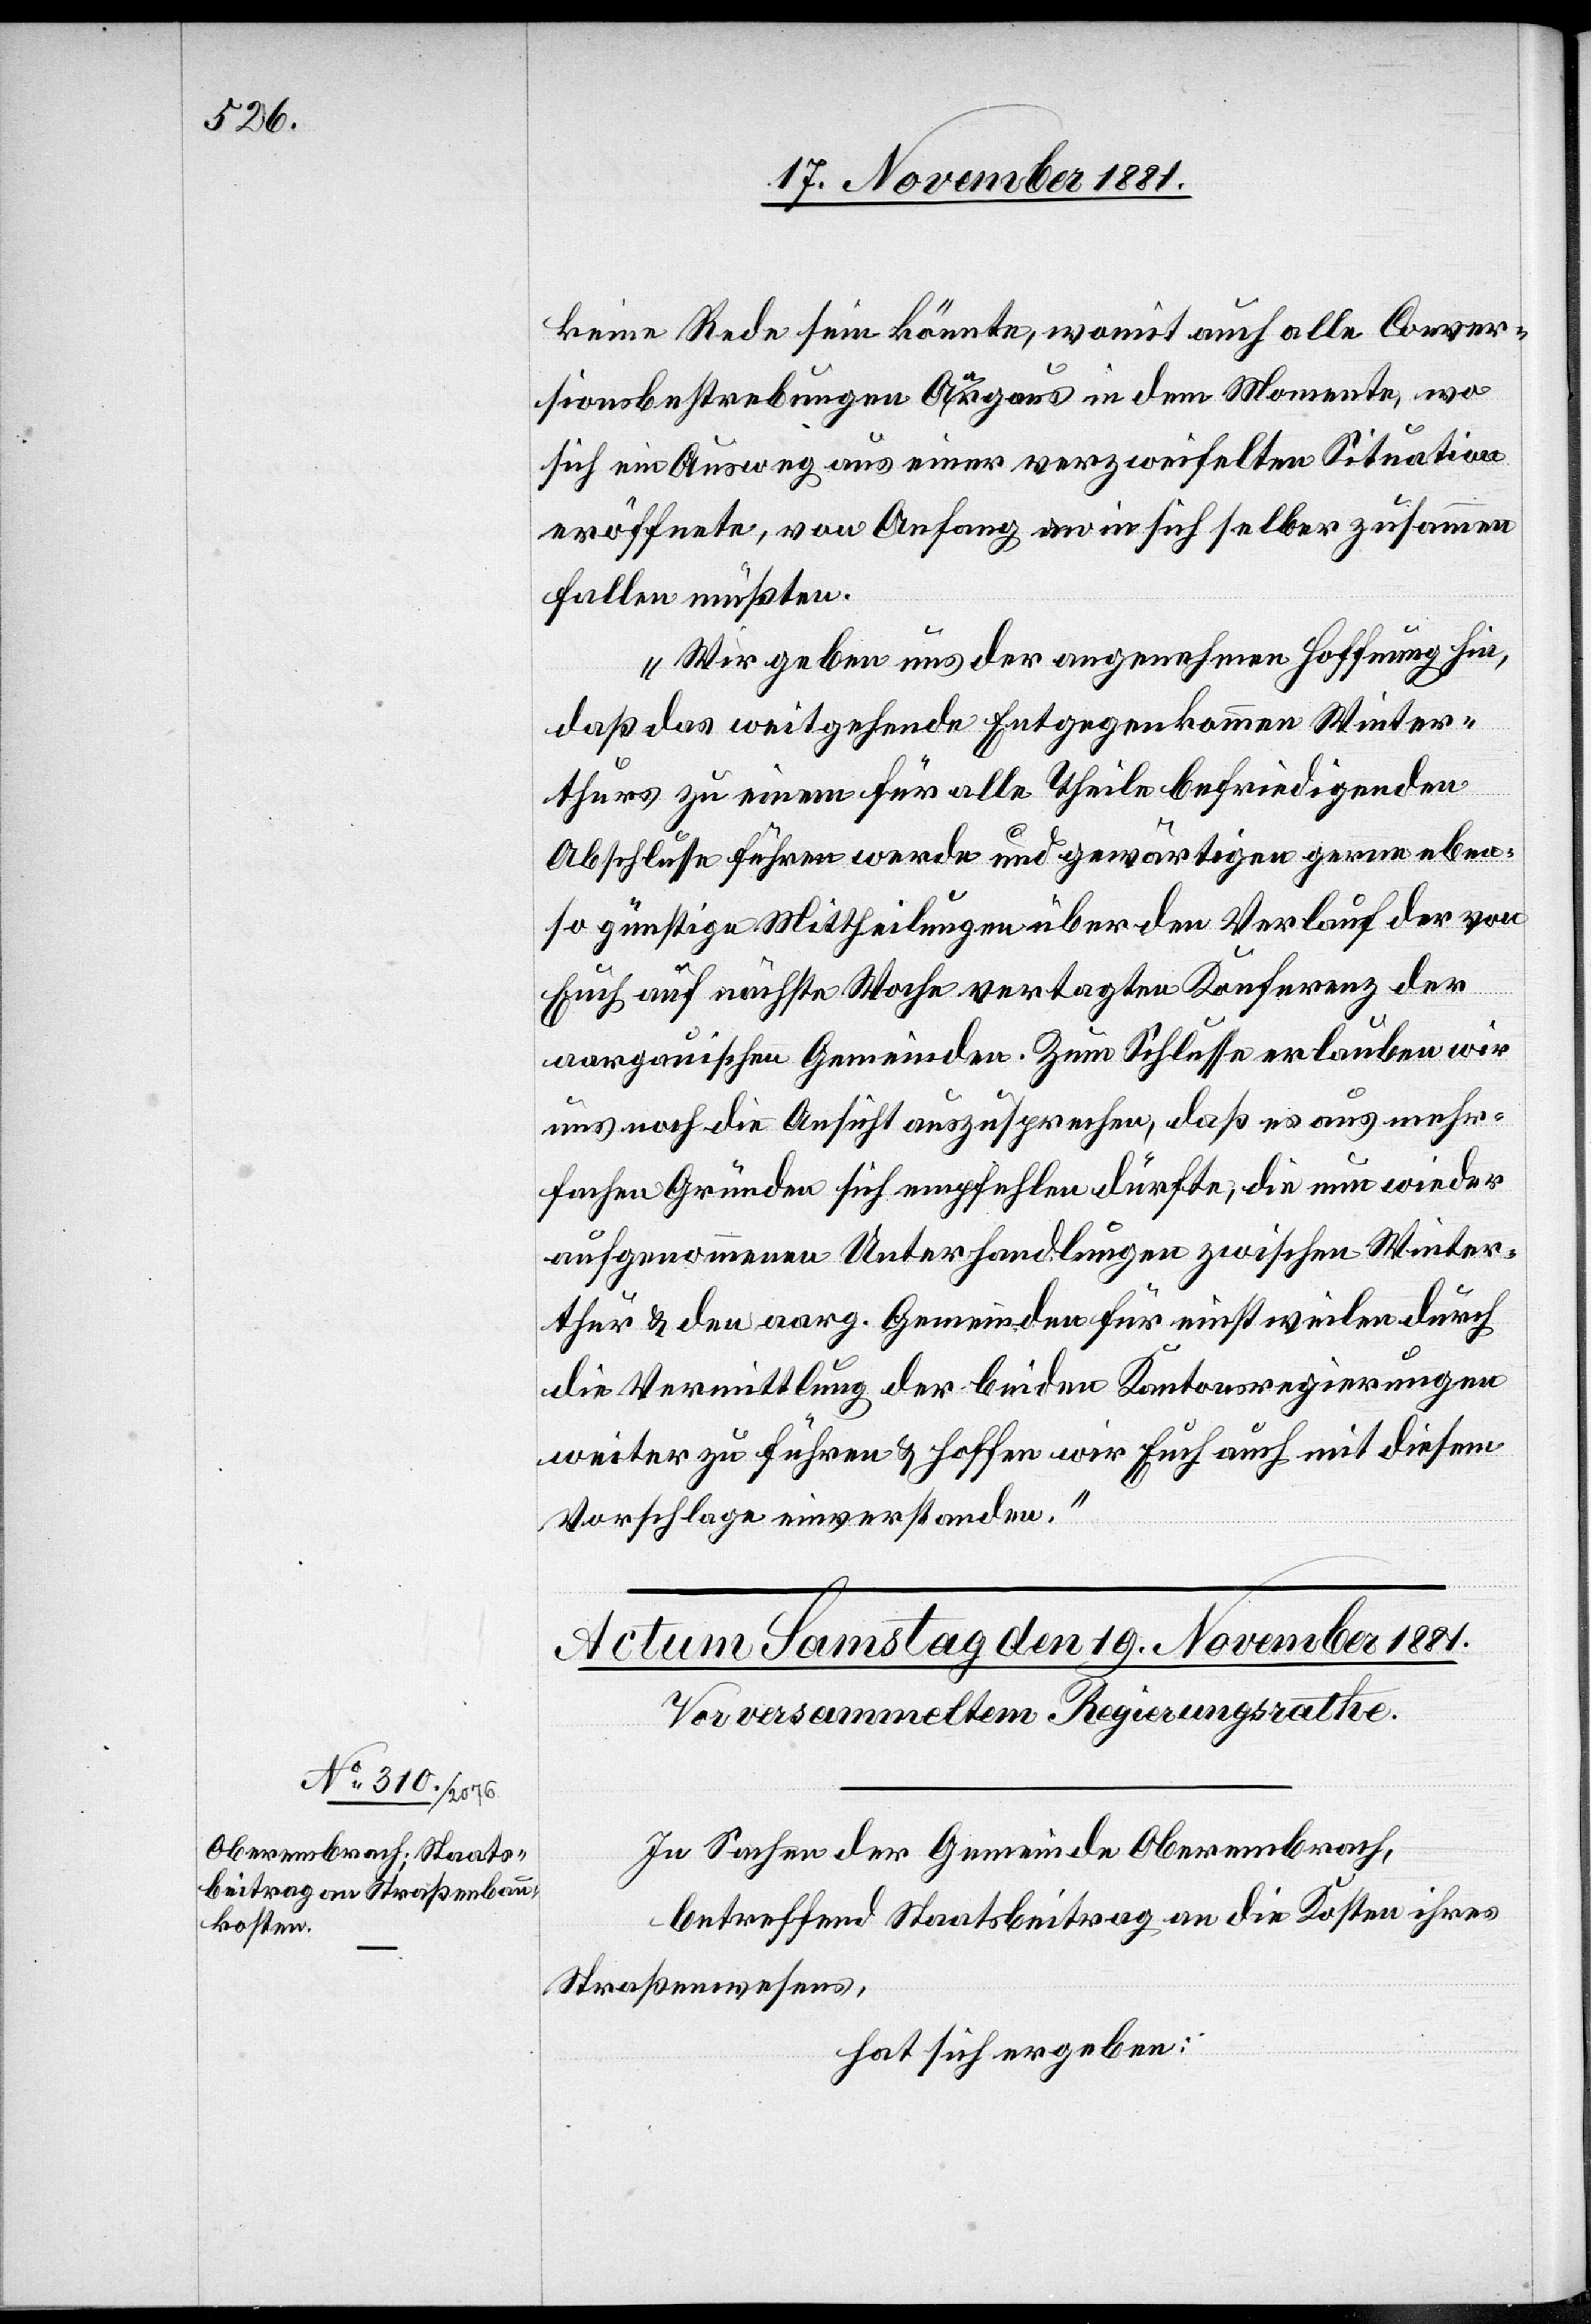
keine Rede sein könnte, womit auf alle Conver¬
sionsbestrebungen Aargaus in dem Momente, wo
sich ein Ausweg aus einer verzweifelten Situation
eröffnete, von Anfang an in sich selber zusammen
fallen müßte.
Wir geben uns der angenehmen Hoffnung hin,
daß das weitgehende Entgegenkommen Winter¬
thurs zu einem für alle Theile befriedigenden
Abschlusse führen werde und gegenwärtige gerne eben¬
so günstige Mittheilungen über den Verlauf der von
Euch auf nächste Woche vertagten Konferenz der
aargauischen Gemeinden. Zum Schlusse erlauben wir
uns noch die Ansicht auszusprechen, daß es aus mehr¬
fachen Gründen sich empfehlen dürfte, die neu wieder
aufgenommenen Unterhandlungen zwischen Winter¬
thur & den aarg. Gemeinden für einstweilen durch
die Vermittlung der beiden Kantonsregierungen
weiter zu führen & hoffen wir Euch auch mit diesem
Vorschlage einverstanden.“
In Sachen der Gemeinde Oberembrach,
betreffend Staatsbeitrag an die Kosten ihres
Straßenwesens,
hat sich ergeben: